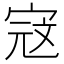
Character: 𭓾